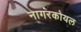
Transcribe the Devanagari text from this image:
नागरकोयल